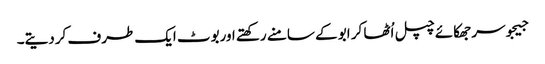
جیجوسر جھکائے چپل اُٹھا کر ابو کے سامنے رکھتے اوربوٹ ایک طرف کردیتے۔